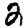
Digit: 2